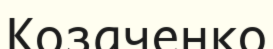
Козаченко